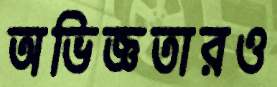
অভিজ্ঞতারও